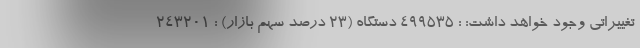
تغییراتی وجود خواهد داشت: : 499535 دستگاه (23 درصد سهم بازار) : 243201